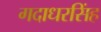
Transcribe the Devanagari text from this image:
गदाधरसिंह